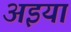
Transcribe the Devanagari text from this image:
अइया